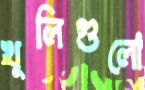
খুলিগুলো